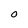
Character: O